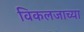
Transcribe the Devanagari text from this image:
विकलजाच्या